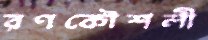
রণকৌশলী